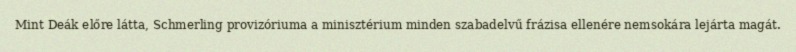
Mint Deák előre látta, Schmerling provizóriuma a minisztérium minden szabadelvű frázisa ellenére nemsokára lejárta magát.